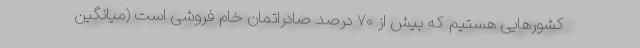
کشور‌هایی هستیم که بیش از ۷۰ درصد صادراتمان خام فروشی است (میانگین